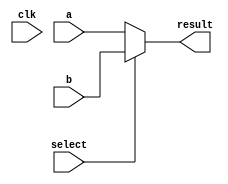
module multiplexer(input [31:0] a, input [31:0] b, input select, output [31:0] result, input clk);
    wire [31:0] a,b;
    reg [31:0] result;
     
    always @(a,b,select)
    begin
    if(select==0)
        result=a;
    else
        result=b;
    end    
endmodule